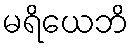
မရိယေဘိ